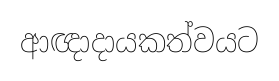
ආඥාදායකත්වයට